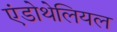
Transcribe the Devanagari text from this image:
एंडोथेलियल